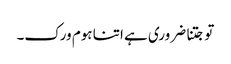
تو جتنا ضروری ہے اتنا ہوم ورک۔